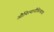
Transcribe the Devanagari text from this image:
औचित्यानौचित्याचा